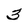
Character: 3